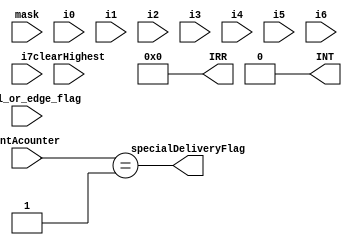

module IRR (
  input level_or_edge_flag ,  //from control
  input [7:0] mask, //from control
  input [1:0]intAcounter, //from control
  input [2:0] clearHighest, //from ISR
  
  input i0,
  input i1,
  input i2,
  input i3,
  input i4,
  input i5,
  input i6,
  input i7,

  output specialDeliveryFlag, //to ISR
  output [7:0] IRR, //to priority resolver
  output INT //to control
  );
  
  reg[7:0] IRRreg = 8'b0000_0000;

  always @(i0 or i1 or i2 or i3 or i4 or i5 or i6 or i7) begin
	if(level_or_edge_flag) begin
    IRRreg[0] <= i0 & ~mask[0];
    IRRreg[1] <= i1 & ~mask[1];
    IRRreg[2] <= i2 & ~mask[2];
    IRRreg[3] <= i3 & ~mask[3];
    IRRreg[4] <= i4 & ~mask[4];
    IRRreg[5] <= i5 & ~mask[5];
    IRRreg[6] <= i6 & ~mask[6];
    IRRreg[7] <= i7 & ~mask[7];
 end
 end
 //edge sensitive
 
 always @(posedge i0) begin
   if(!level_or_edge_flag) begin
      IRRreg[0] <= i0 &~mask[0];
    end
  end
    always @(posedge i1) begin
      if(!level_or_edge_flag) begin
      IRRreg[1] <= i1 &~mask[1];
    end
  end
    always @(posedge i2) begin
      if(!level_or_edge_flag) begin
      IRRreg[2] <= i2 &~mask[2];
    end
  end
    always @(posedge i3) begin
      if(!level_or_edge_flag)begin
      IRRreg[3] <= i3 &~mask[3];
    end
    end
    always @(posedge i4) begin
      if(!level_or_edge_flag)begin
      IRRreg[4] <= i4 &~mask[4];
    end
    end
    always @(posedge i5) begin
      if(!level_or_edge_flag)begin
      IRRreg[5] <= i5 &~mask[5];
    end
    end
    always @(posedge i6) begin
      if(!level_or_edge_flag)begin
      IRRreg[6] <= i6 &~mask[6];
    end
    end
    always @(posedge i7) begin
      if(!level_or_edge_flag)begin
      IRRreg[7] <= i7 &~mask[7];
    end
    end
  
     always @(intAcounter or clearHighest) begin
   if((intAcounter == 2'b01) && !(|IRR == 0)) begin
      if(clearHighest==0)
          IRRreg[0]=0;
          else if(clearHighest==1)
          IRRreg[1]=0;
          else if(clearHighest==2)
          IRRreg[2]=0;
          else if(clearHighest==3)
          IRRreg[3]=0;
          else if(clearHighest==4)
          IRRreg[4]=0;
          else if(clearHighest==5)
          IRRreg[5]=0;
          else if(clearHighest==6)
          IRRreg[6]=0;
          else if(clearHighest==7)
          IRRreg[7]=0;
      end
 end



 
assign IRR = IRRreg;
 
 assign specialDeliveryFlag = (intAcounter == 2'b01) && (|IRR == 0);
 //sending to control that there is an interrupt
 assign INT =|IRR;
 
endmodule

module Priority_Resolver (input [7:0] IRR /*from IRR*/,input clear /*from ISR*/,input set,input reset/*from control */,
 output reg [2:0] chosen_interrupt /*to ISR*/ );
  
	reg [2:0] priority_status [0:7];  // Array for priority status
	reg [2:0] chosen ;
	reg [2:0] iterator0 ;
	reg [2:0] iterator1 ;
	reg [2:0] iterator2 ;
	reg [2:0] iterator3 ;
	reg [2:0] iterator4 ;
	reg [2:0] iterator5 ;
	reg [2:0] iterator6 ;
	reg [2:0] iterator7 ;
	
	reg prevset =0;
	reg prevreset =1;
	  
		
  always @* begin
    // Initialize priority status
    if(prevset == 0 && set ==1)begin
      
      priority_status[0] = 0;
	    priority_status[1] = 1;
	    priority_status[2] = 2;
	    priority_status[3] = 3;
	    priority_status[4] = 4;
	    priority_status[5] = 5;
	    priority_status[6] = 6;
	    priority_status[7] = 7;
	    
	    prevset = set;
	    prevreset = reset;
	    
    end
	  if(set) begin
	    ////////Automatic Rotation mode
		 //highest priority
		    iterator0 = (priority_status[0] == 0) ? 0 :
                 (priority_status[1] == 0) ? 1 :
                 (priority_status[2] == 0) ? 2 :
                 (priority_status[3] == 0) ? 3 :
                 (priority_status[4] == 0) ? 4 :
                 (priority_status[5] == 0) ? 5 :
		             (priority_status[6] == 0) ? 6 : 7;
    //2nd
		  iterator1 =(priority_status[0] == 1) ? 0 :
			  (priority_status[1] == 1) ? 1 :
			  (priority_status[2] == 1) ? 2 :
			  (priority_status[3] == 1) ? 3 :
			  (priority_status[4] == 1) ? 4 :
			  (priority_status[5] == 1) ? 5 :
			  (priority_status[6] == 1) ? 6 : 7;
		 //3rd
		  iterator2 = (priority_status[0] == 2) ? 0 :
			  (priority_status[1] == 2) ? 1 :
			  (priority_status[2] == 2) ? 2 :
			  (priority_status[3] == 2) ? 3 :
			  (priority_status[4] == 2) ? 4 :
			  (priority_status[5] == 2) ? 5 :
			  (priority_status[6] == 2) ? 6 : 7;
		 //4th 
		  iterator3 = (priority_status[0] == 3) ? 0 :
			  (priority_status[1] == 3) ? 1 :
			  (priority_status[2] == 3) ? 2 :
			  (priority_status[3] == 3) ? 3 :
			  (priority_status[4] == 3) ? 4 :
			  (priority_status[5] == 3) ? 5 :
			  (priority_status[6] == 3) ? 6 : 7;
      //5th
		   iterator4 = (priority_status[0] == 4) ? 0 :
			  (priority_status[1] == 4) ? 1 :
			  (priority_status[2] == 4) ? 2 :
			  (priority_status[3] == 4) ? 3 :
			  (priority_status[4] == 4) ? 4 :
			  (priority_status[5] == 4) ? 5 :
			  (priority_status[6] == 4) ? 6 : 7;
    //6th
		  iterator5 = (priority_status[0] == 5) ? 0 :
			  (priority_status[1] == 5) ? 1 :
			  (priority_status[2] == 5) ? 2 :
			  (priority_status[3] == 5) ? 3 :
			  (priority_status[4] == 5) ? 4 :
			  (priority_status[5] == 5) ? 5 :
			  (priority_status[6] == 5) ? 6 : 7;
    //7th
		  iterator6 = (priority_status[0] == 6) ? 0 :
			  (priority_status[1] == 6) ? 1 :
			  (priority_status[2] == 6) ? 2 :
			  (priority_status[3] == 6) ? 3 :
			  (priority_status[4] == 6) ? 4 :
			  (priority_status[5] == 6) ? 5 :
			  (priority_status[6] == 6) ? 6 : 7;
		  //least priority
		    iterator7 = (priority_status[0] == 7) ? 0 :
			  (priority_status[1] == 7) ? 1 :
			  (priority_status[2] == 7) ? 2 :
			  (priority_status[3] == 7) ? 3 :
			  (priority_status[4] == 7) ? 4 :
			  (priority_status[5] == 7) ? 5 :
			  (priority_status[6] == 7) ? 6 : 7;
			  
		   if(IRR[iterator0] == 1'b1) begin
			  chosen_interrupt  = 0; 
			  chosen = iterator0;
		  end else if(IRR[iterator1]== 1'b1) begin
			  chosen_interrupt = 1; 
			  chosen = iterator1;
		  end else if(IRR[iterator2] == 1'b1) begin
			  chosen_interrupt  = 2; 
			  chosen = iterator2;
		  end else if(IRR[iterator3]== 1'b1) begin
			  chosen_interrupt = 3; 
			  chosen = iterator3;
		  end else if(IRR[iterator4] == 1'b1) begin
			  chosen_interrupt = 4; 
			  chosen = iterator4;
		  end else if(IRR[iterator5] == 1'b1) begin
			  chosen_interrupt = 5; 
			  chosen = iterator5;
		  end else if(IRR[iterator6] == 1'b1) begin
			  chosen_interrupt = 6; 
			  chosen = iterator6;
		  end else if(IRR[iterator7] == 1'b1) begin
			  chosen_interrupt = 7;
			  chosen = iterator7; 
		  end
		

		 
		  //rotation
		priority_status[chosen] = 7;
		chosen = (chosen) > 0 ? (chosen-1):7;
		priority_status[chosen] = 6;
		chosen = (chosen) > 0 ? (chosen-1):7;
		priority_status[chosen] = 5;
		chosen = (chosen) > 0 ? (chosen-1):7;
		priority_status[chosen] = 4;
		chosen = (chosen) > 0 ? (chosen-1):7;
		priority_status[chosen] = 3;
		chosen = (chosen) > 0 ? (chosen-1):7;
		priority_status[chosen] = 2;
		chosen = (chosen) > 0 ? (chosen-1):7;
		priority_status[chosen] = 1;
		chosen = (chosen) > 0 ? (chosen-1):7;
		priority_status[chosen] = 0;
	 end
	 end
	 always @*begin
	   	  if(!set || reset)
		  //fully nested mode
		  if(IRR[0] == 1'b1) begin
			  chosen_interrupt = 0;
		  end else if(IRR[1] == 1'b1) begin
			  chosen_interrupt = 1;
		  end else if(IRR[2] == 1'b1) begin
			  chosen_interrupt = 2;
		  end else if(IRR[3] == 1'b1) begin
			  chosen_interrupt = 3;
		  end else if(IRR[4] == 1'b1) begin
			  chosen_interrupt = 4;
		  end else if(IRR[5] == 1'b1) begin
			  chosen_interrupt = 5;
		  end else if(IRR[6] == 1'b1) begin
			  chosen_interrupt = 6;
		  end else if(IRR[7] == 1'b1) begin
			  chosen_interrupt = 7;
		  end 
		  end
	 always @(clear)begin
	   if(clear)begin
	    chosen_interrupt = 0;
	    end
	   end
endmodule

module ISR ( input flag/*from IRR */,input [1:0] intAcounter,input aeoi,input eoi,input [2:0] chosen_interrupt/*from priority resolver*/,
output [2:0] clearHighest ,output reg [2:0] ISROut,output clear /*to Priority resolver*/);

reg [2:0] specialDelivery = 7;

always @(flag or chosen_interrupt or intAcounter or eoi) begin
  if(intAcounter == 2'b01)begin
    ISROut <= chosen_interrupt;
  end else if (flag) begin
  ISROut <= specialDelivery;
end else begin
  if(intAcounter == 2'b10 && aeoi) begin
    ISROut <= 0;
  end
  if(eoi && !aeoi)begin
    ISROut <= 0;
    end
end
end  
assign  clearHighest = (flag) ? specialDelivery : chosen_interrupt;
assign clear = (ISROut == 0);
endmodule


module InterruptBlock (
  //from control
  input level_or_edge_flag ,  
  input [7:0] mask,
  
  
  input set,
  input reset,
  
  input aeoi,
  input eoi,
  input [1:0] intAcounter,
  
  //from peripherals
  input i0,
  input i1,
  input i2,
  input i3,
  input i4,
  input i5,
  input i6,
  input i7,
  
  //Outputs
output INTtocontrol,
output [2:0] ISRtocontrol
  );
  
  wire [2:0] Outputchosen_interrupt;
  wire [7:0] OutputIRR;
  wire [2:0] OutclearHighest;
  
  IRR A (.level_or_edge_flag(level_or_edge_flag),.intAcounter(intAcounter),.mask(mask),.clearHighest(OutclearHighest),
  .i0(i0),.i1(i1),.i2(i2),.i3(i3),.i4(i4),.i5(i5),.i6(i6),.i7(i7),
  .specialDeliveryFlag(OutspecialDeliveryFlag),.IRR(OutputIRR),.INT(INTtocontrol));
  
  Priority_Resolver B (.IRR(OutputIRR),.clear(clearFromISR),.set(set),.reset(reset),
 .chosen_interrupt(Outputchosen_interrupt));
 
 ISR C (.flag(OutspecialDeliveryFlag),.aeoi(aeoi),.eoi(eoi),.intAcounter(intAcounter),
 .chosen_interrupt(Outputchosen_interrupt),.clear(clearFromISR),
 .clearHighest(OutclearHighest) ,.ISROut(ISRtocontrol));  
  

endmodule